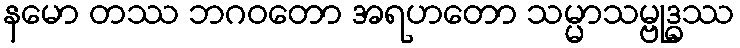
နမော တဿ ဘဂဝတော အရဟတော သမ္မာသမ္ဗုဒ္ဓဿ